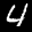
Label: 4